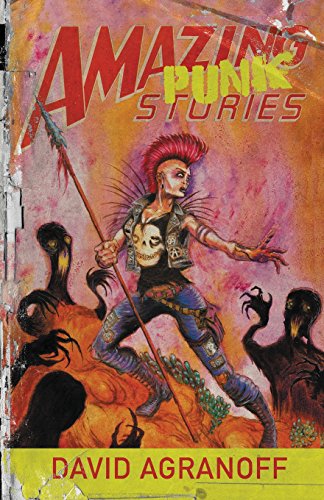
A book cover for Amazing Punk Stories; David Agranoff; Science Fiction & Fantasy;